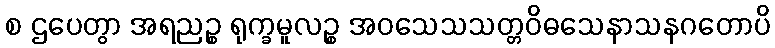
စ ဌပေတွာ အရညဉ္စ ရုက္ခမူလဉ္စ အဝသေသသတ္တဝိဓသေနာသနဂတောပိ